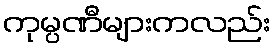
ကုမ္ပဏီများကလည်း